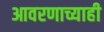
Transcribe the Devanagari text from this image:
आवरणाच्याही